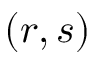
( r , s )